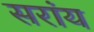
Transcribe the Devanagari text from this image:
सरांय